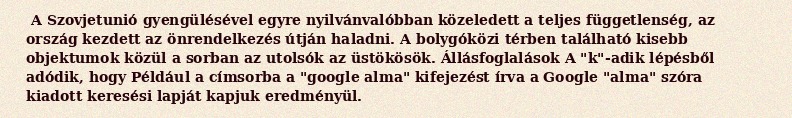
A Szovjetunió gyengülésével egyre nyilvánvalóbban közeledett a teljes függetlenség, az ország kezdett az önrendelkezés útján haladni. A bolygóközi térben található kisebb objektumok közül a sorban az utolsók az üstökösök. Állásfoglalások A "k"-adik lépésből adódik, hogy Például a címsorba a "google alma" kifejezést írva a Google "alma" szóra kiadott keresési lapját kapjuk eredményül.